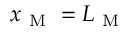
x _ { \mathrm { ~ M ~ } } = L _ { \mathrm { ~ M ~ } }